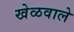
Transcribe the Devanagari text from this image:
खेळवाले